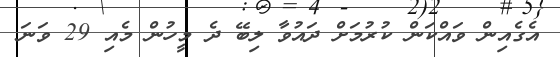
އެގެއިން ވައްކަން ކުރުމަށް ދައުވާ ލިބޭ ދެ މީހުން މެއި 29 ވަނަ